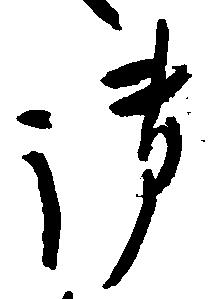
御